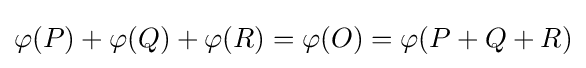
\varphi (P)+\varphi (Q)+\varphi (R)=\varphi (O)=\varphi (P+Q+R)